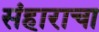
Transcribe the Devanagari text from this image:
संहाराचा